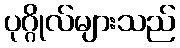
ပုဂ္ဂိုလ်များသည်